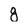
Character: g